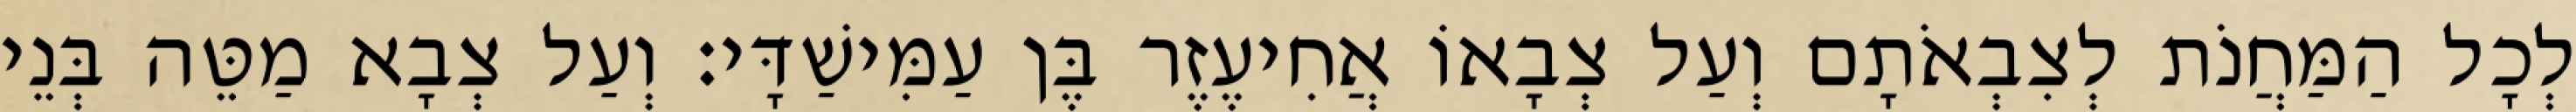
לְכָל הַמַּחֲנֹת לְצִבְאֹתָם וְעַל צְבָאוֹ אֲחִיעֶזֶר בֶּן עַמִּישַׁדָּי׃ וְעַל צְבָא מַטֵּה בְּנֵי